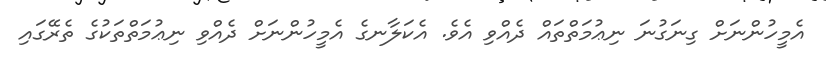
އެމީހުންނަށް ގިނަގުނަ ނިޢުމަތްތައް ދެއްވި އެވެ. އެކަލާނގެ އެމީހުންނަށް ދެއްވި ނިޢުމަތްތަކުގެ ތެރޭގައި